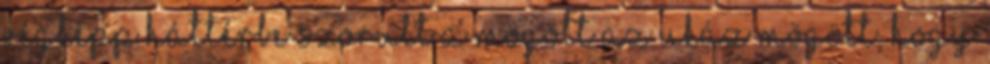
végképp háttérbe szorult a mögött az ukáz mögött, hogy